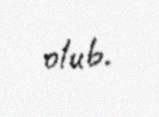
olub.